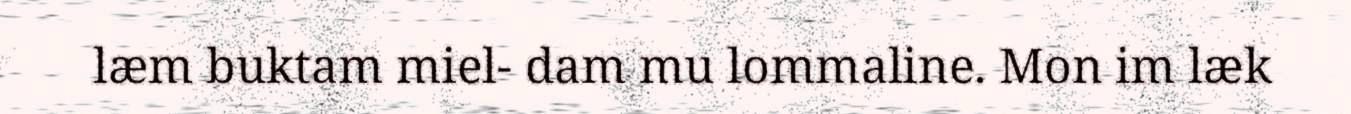
læm buktam miel- dam mu lommaline. Mon im læk